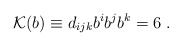
\begin{align*}{\cal{K}}(b)\equiv d_{ijk}b^ib^jb^k =6\; .\end{align*}